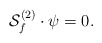
\begin{align*}{\cal S}^{(2)}_f\cdot\psi=0.\end{align*}